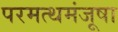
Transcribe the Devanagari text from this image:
परमत्थमंजूषा